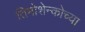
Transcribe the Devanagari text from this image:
तिमोशेन्कोच्या